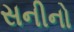
સનીનો